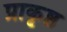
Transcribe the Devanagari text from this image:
प्राकृष्ठ